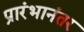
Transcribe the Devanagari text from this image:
प्रारंभानंतर